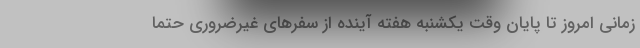
زمانی امروز تا پایان وقت یکشنبه هفته آینده از سفرهای غیرضروری حتما